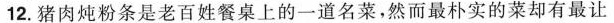
12.猪肉炖粉条是老百姓餐桌上的一道名菜，然而最朴实的菜却有最让